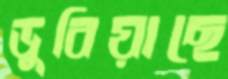
ডুবিয়াছে